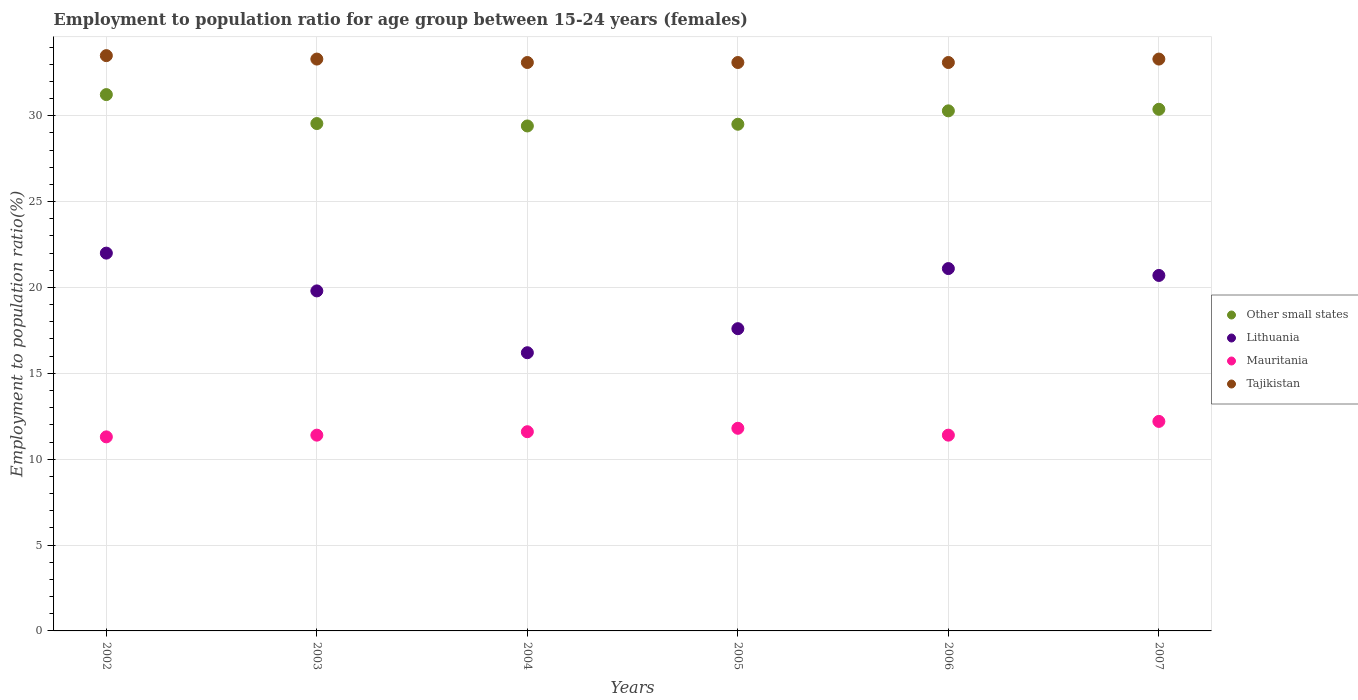
| Years | Other small states | Lithuania | Mauritania | Tajikistan |
 | --- | --- | --- | --- | --- |
 | 2002 | 31.2 | 22 | 11.3 | 33.5 |
 | 2003 | 29.5 | 19.8 | 11.4 | 33.3 |
 | 2004 | 29.4 | 16.2 | 11.6 | 33.1 |
 | 2005 | 29.5 | 17.6 | 11.8 | 33.1 |
 | 2006 | 30.3 | 21.1 | 11.4 | 33.1 |
 | 2007 | 30.4 | 20.7 | 12.2 | 33.3 |